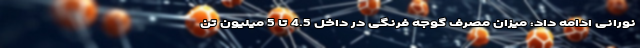
نورانی ادامه داد: میزان مصرف گوجه فرنگی در داخل 4.5 تا 5 میلیون تن